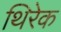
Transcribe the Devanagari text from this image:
थिरेक